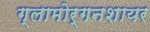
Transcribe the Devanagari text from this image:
ग्लामोर्गनशायर